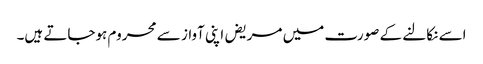
اسے نکالنے کے صورت میں مریض اپنی آواز سے محروم ہوجاتے ہیں۔